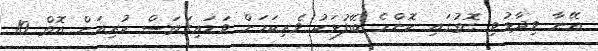
އޭނާ ވިދާޅުވި ގޮތުގައި ކޮންމެ ބޭފުޅަކު ވެރިކަމަށް ވަޑައިގަތަސް ކުރިއަށް އޮތް 10